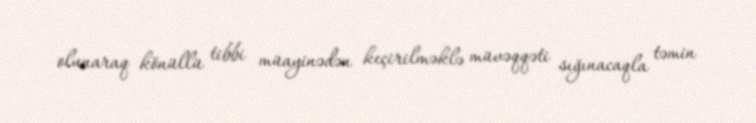
olunaraq könüllü tibbi müayinədən keçirilməklə müvəqqəti sığınacaqla təmin